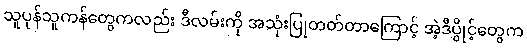
သူပုန်သူကန်တွေကလည်း ဒီလမ်းကို အသုံးပြုတတ်တာကြောင့် အဲ့ဒီပွိုင့်တွေက